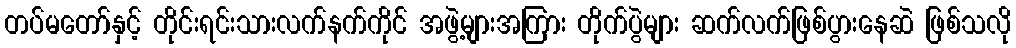
တပ်မတော်နှင့် တိုင်းရင်းသားလက်နက်ကိုင် အဖွဲ့များအကြား တိုက်ပွဲများ ဆက်လက်ဖြစ်ပွားနေဆဲ ဖြစ်သလို